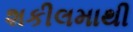
શકીલમાથી